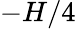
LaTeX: -H/4